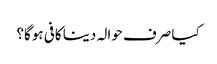
کیا صرف حوالہ دینا کافی ہوگا؟